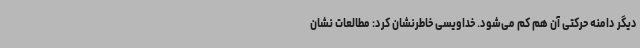
دیگر دامنه حرکتی آن هم کم می‌شود. خداویسی خاطرنشان کرد: مطالعات نشان